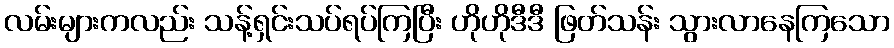
လမ်းများကလည်း သန့်ရှင်းသပ်ရပ်ကြပြီး ဟိုဟိုဒီဒီ ဖြတ်သန်း သွားလာနေကြသော